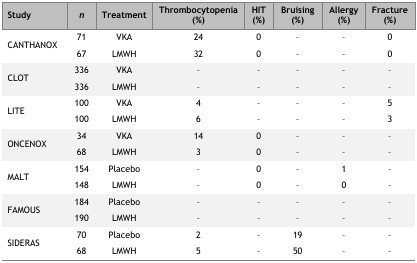
| Study | n | Treatment | Thrombocytopenia (%) | HIT (%) | Bruising (%) | Allergy (%) | Fracture (%) |
 | --- | --- | --- | --- | --- | --- | --- | --- |
 | <ROWSPAN=2> CANTHANOX | 71 | VKA | 24 | 0 | – | – | 0 |
 | 67 | LMWH | 32 | 0 | – | – | 0 |
 | <ROWSPAN=2> CLOT | 336 | VKA | – | – | – | – | – |
 | 336 | LMWH | – | – | – | – | – |
 | <ROWSPAN=2> LITE | 100 | VKA | 4 | – | – | – | 5 |
 | 100 | LMWH | 6 | – | – | – | 3 |
 | <ROWSPAN=2> ONCENOX | 34 | VKA | 14 | 0 | – | – | – |
 | 68 | LMWH | 3 | 0 | – | – | – |
 | <ROWSPAN=2> MALT | 154 | Placebo | – | 0 | – | 1 | – |
 | 148 | LMWH | – | 0 | – | 0 | – |
 | <ROWSPAN=2> FAMOUS | 184 | Placebo | – | – | – | – | – |
 | 190 | LMWH | – | – | – | – | – |
 | <ROWSPAN=2> SIDERAS | 70 | Placebo | 2 | – | 19 | – | – |
 | 68 | LMWH | 5 | – | 50 | – | – |